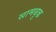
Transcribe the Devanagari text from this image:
सामबुक